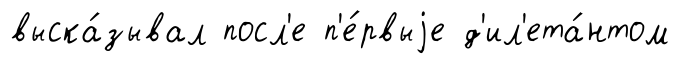
выска́зывал посл'е п'е́рвыjе д'ил'ета́нтом